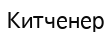
Китченер